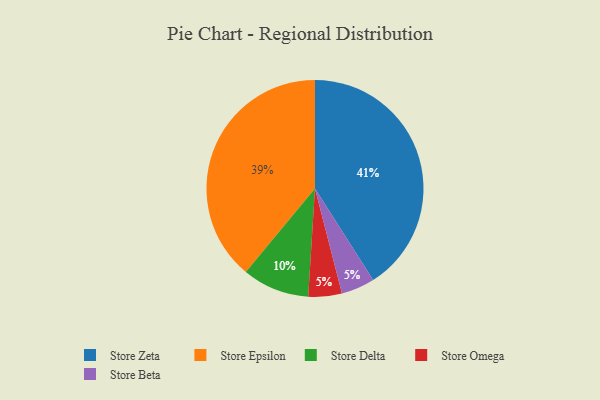
{"axis": {"x": "Category", "y": "Percentage"}, "legend": ["Store Beta", "Store Delta", "Store Epsilon", "Store Omega", "Store Zeta"], "data": [{"x": "Store Epsilon", "y": 39, "type": "Store Epsilon"}, {"x": "Store Omega", "y": 5, "type": "Store Omega"}, {"x": "Store Delta", "y": 10, "type": "Store Delta"}, {"x": "Store Beta", "y": 5, "type": "Store Beta"}, {"x": "Store Zeta", "y": 41, "type": "Store Zeta"}]}